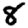
Digit: 8